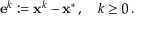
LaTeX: \mathbf { e } ^ { k } : = \mathbf { x } ^ { k } - \mathbf { x } ^ { * } \, , \quad k \geq 0 \, .